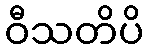
ဝီသတိပိ